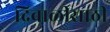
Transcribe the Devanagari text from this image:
दिवाळीसाठी